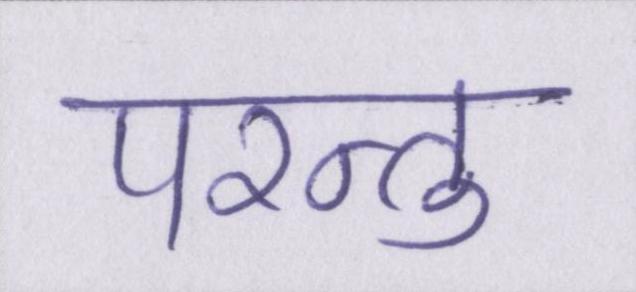
परन्तु